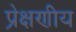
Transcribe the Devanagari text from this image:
प्रे़क्षणीय